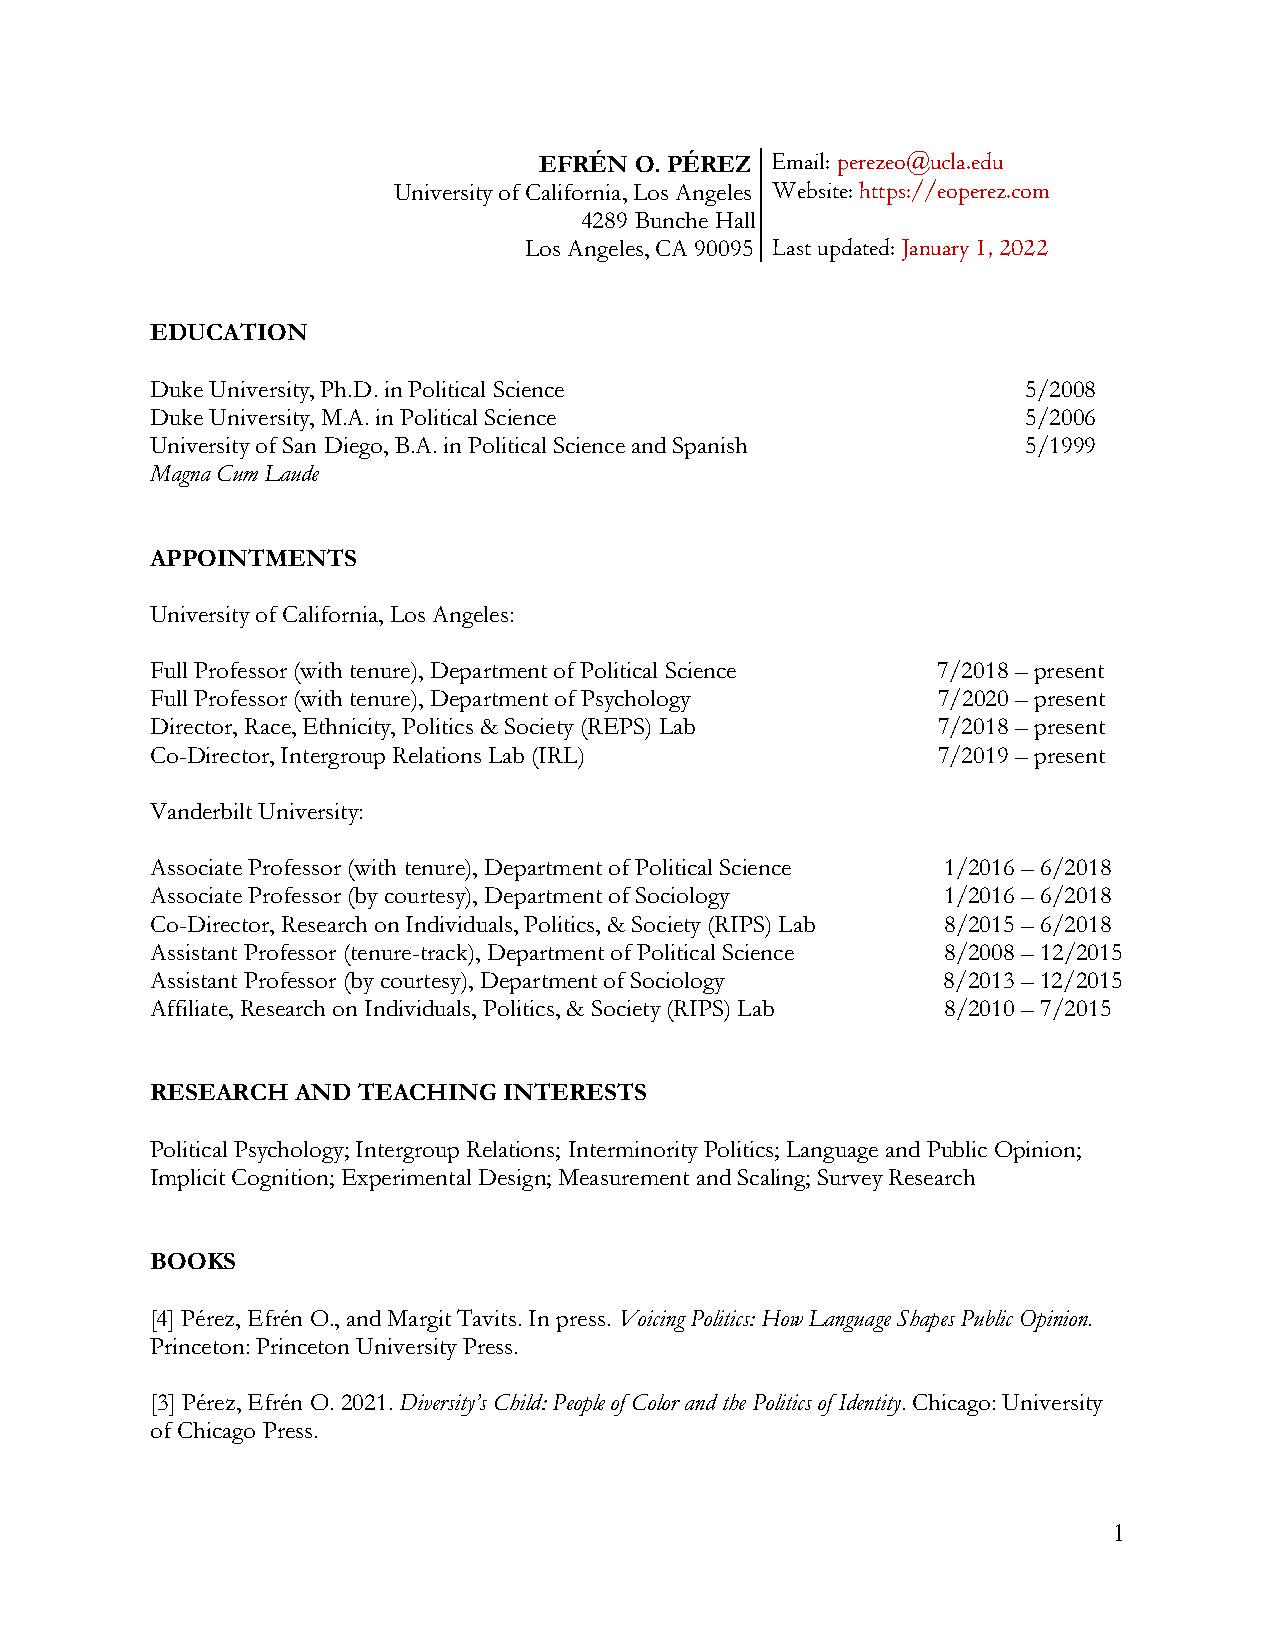
EFRÉN O. PÉREZ Email : perezeo @ucla.e du
 University of California, Los Angeles Website: https://eoperez.com
 4289 Bunche Hall
 Los Angeles, CA 90095 Last updated: January 1, 2022
 EDUCATION
 Duke University, Ph.D. in Political Science               5/2008
 Duke University, M.A. in Political Science                5/2006
 University of San Diego, B.A. in Political Science and Spanish 5/1999
 Magna Cum Laude
 APPOINTMENTS
 University of California, Los Angeles:
 Full Professor (with tenure), Department of Political Science 7/2018 – present
 Full Professor (with tenure), Department of Psychology 7/2020 – present
 Director, Race, Ethnicity, Politics & Society (REPS) Lab 7/2018 – present
 Co-Director, Intergroup Relations Lab (IRL)         7/2019 – present
 Vanderbilt University:
 Associate Professor (with tenure), Department of Political Science 1/2016 – 6/2018
 Associate Professor (by courtesy), Department of Sociology 1/2016 – 6/2018
 Co-Director, Research on Individuals, Politics, & Society (RIPS) Lab 8/2015 – 6/2018
 Assistant Professor (tenure-track), Department of Political Science 8/2008 – 12/2015
 Assistant Professor (by courtesy), Department of Sociology 8/2013 – 12/2015
 Affiliate, Research on Individuals, Politics, & Society (RIPS) Lab 8/2010 – 7/2015
 RESEARCH AND  TEACHING INTERESTS
 Political Psychology; Intergroup Relations; Interminority Politics; Language and Public Opinion;
 Implicit Cognition; Experimental Design; Measurement and Scaling; Survey Research
 BOOKS
 [4] Pérez, Efrén O., and Margit Tavits. In press. Voicing Politics: How Language Shapes Public Opinion.
 Princeton: Princeton University Press.
 [3] Pérez, Efrén O. 2021. Diversity’s Child: People of Color and the Politics of Identity. Chicago: University
 of Chicago Press.
 1